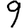
Digit: 9